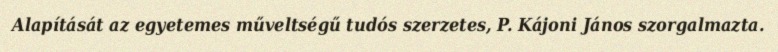
Alapítását az egyetemes műveltségű tudós szerzetes, P. Kájoni János szorgalmazta.